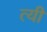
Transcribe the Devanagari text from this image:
त्यी